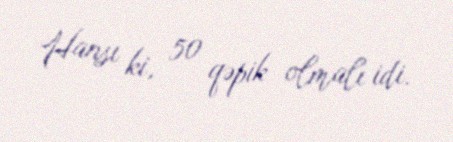
Hansı ki, 50 qəpik olmalı idi.